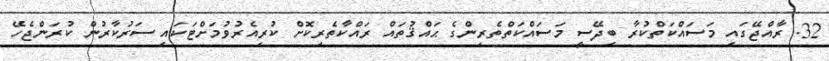
32. ރާއްޖޭގައި މަސައްކަތްކުރާ ބިދޭސީ މަސައްކަތްތެރިންގެ ޙައްޤުތައް ރައްކާތެރިކޮށް ކުރިއެރުވުމަށްޓަކައި ސަރުކާރުން ކުރަންޖެހޭ